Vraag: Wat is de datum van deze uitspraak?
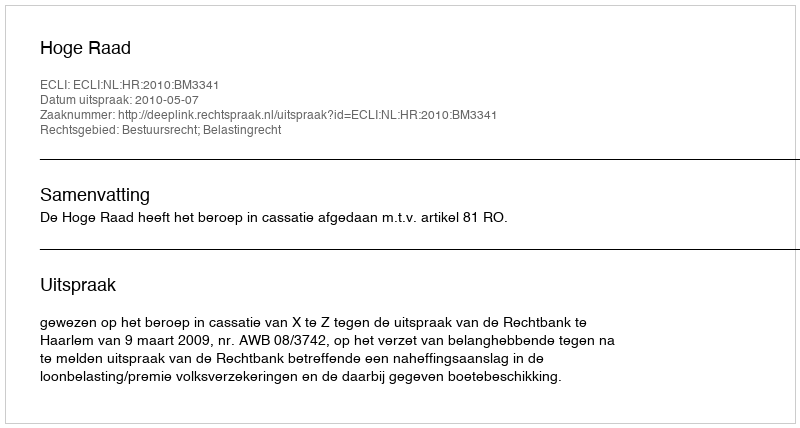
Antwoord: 2010-05-07